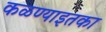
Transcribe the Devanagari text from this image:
कळण्याइतका